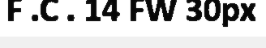
F .C . 14 FW 30px